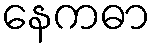
နေကဓာ